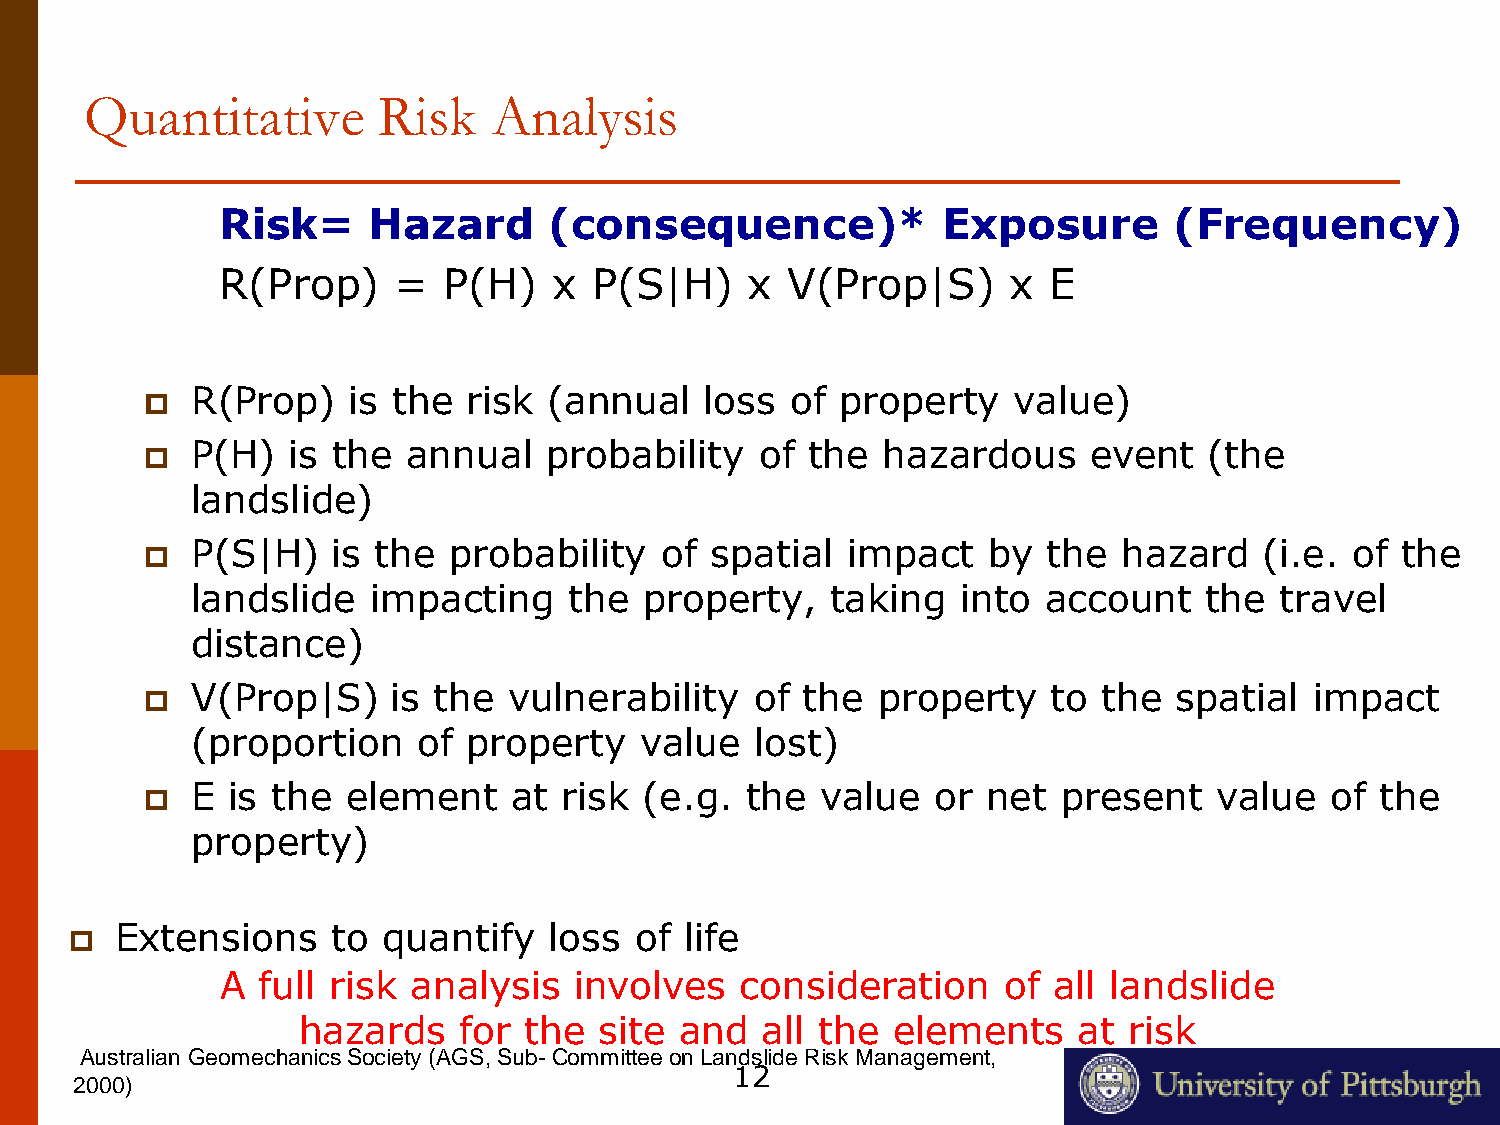
Quantitative       Risk    Analysis
 Risk=    Hazard      (consequence)*            Exposure        (Frequency)
 R(Prop)    =  P(H)    x P(S|H)     x V(Prop|S)      x E
 R(Prop)   is the  risk (annual    loss of  property   value)
 
 P(H)  is the  annual   probability   of  the hazardous     event   (the
 
 landslide)
 P(S|H)   is the  probability   of spatial  impact   by  the  hazard    (i.e. of the
 
 landslide   impacting    the  property,   taking   into account    the  travel
 distance)
 V(Prop|S)    is the  vulnerability   of the  property    to the  spatial  impact
 
 (proportion    of property   value   lost)
 E is the  element    at risk  (e.g. the  value   or net  present    value  of the
 
 property)
 Extensions    to quantify   loss  of life
 
 A full risk analysis   involves   consideration    of  all landslide
 hazards   for  the  site and  all the  elements    at  risk
 Australian Geomechanics Society (AGS, Sub- Committee on Landslide Risk Management,
 12
 2000)